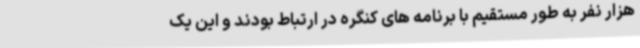
هزار نفر به طور مستقیم با برنامه های کنگره در ارتباط بودند و این یک